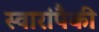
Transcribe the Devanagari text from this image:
स्वारांपैकी